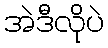
အဲဒီလိုပဲ